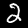
Label: 2